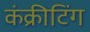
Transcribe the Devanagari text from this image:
कंक्रीटिंग